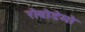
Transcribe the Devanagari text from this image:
रोबोडेमो